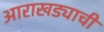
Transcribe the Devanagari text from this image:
आराखड्याची